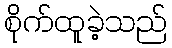
စိုက်ထူခဲ့သည်